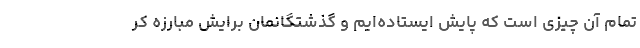
تمام آن چیزی است که پایش ایستاده‌ایم و گذشتگانمان برایش مبارزه کر